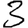
Digit: 3